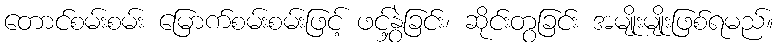
တောင်စမ်းစမ်း မြောက်စမ်းစမ်းဖြင့် ဖင့်နွှဲခြင်း၊ ဆိုင်းတွခြင်း အမျိုးမျိုးဖြစ်ရမည်။